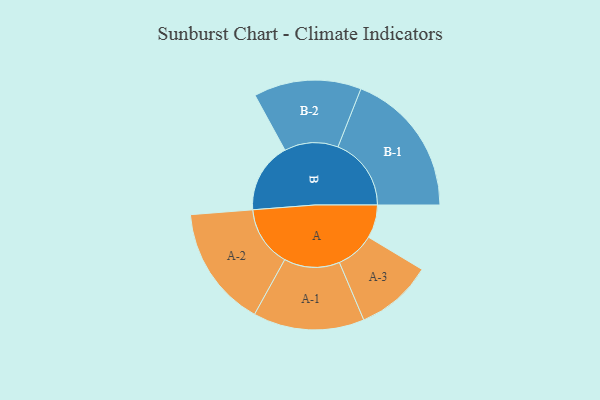
{"axis": {"x": "Segment", "y": "Value"}, "legend": ["", "A", "B"], "data": [{"x": "A", "y": 126, "type": ""}, {"x": "B", "y": 267, "type": ""}, {"x": "A-1", "y": 211, "type": "A"}, {"x": "A-2", "y": 230, "type": "A"}, {"x": "A-3", "y": 146, "type": "A"}, {"x": "B-1", "y": 278, "type": "B"}, {"x": "B-2", "y": 204, "type": "B"}]}